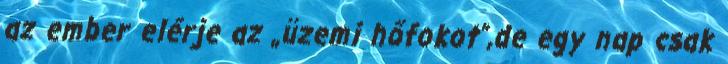
az ember elérje az „üzemi hőfokot”,de egy nap csak